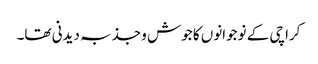
کراچی کے نوجوانوں کا جوش و جذبہ دیدنی تھا۔